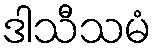
ဒါသီသမံ